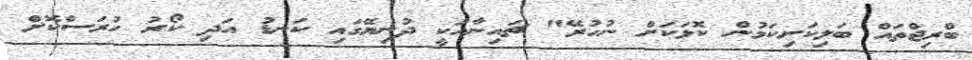
ބްރިޖްތައް ބަލިކަށިކަމުން ކޮޅަކަށް ނުހުރޭ" ޗައިނާއަކީ ދުނިޔޭގައި ކަނޑު އަދި ކޯރު ހުރަސްކޮށް